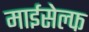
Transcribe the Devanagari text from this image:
माईसेल्फ